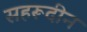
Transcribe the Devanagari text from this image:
सहरूदीन